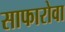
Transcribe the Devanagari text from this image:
साफारोवा